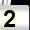
Digit: 2